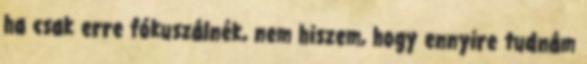
ha csak erre fókuszálnék, nem hiszem, hogy ennyire tudnám